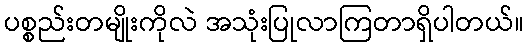
ပစ္စည်းတမျိုးကိုလဲ အသုံးပြုလာကြတာရှိပါတယ်။